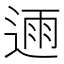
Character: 𮞛